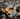
ماذا